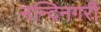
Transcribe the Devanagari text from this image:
नन्दिनगरी